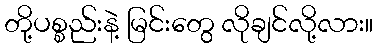
တို့ပစ္စည်းနဲ့ မြင်းတွေ လိုချင်လို့လား။